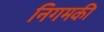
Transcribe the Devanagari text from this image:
निगमकी